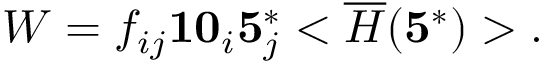
W = f _ { i j } { \bf 1 0 } _ { i } { \bf 5 } _ { j } ^ { * } < \overline { { { H } } } ( { \bf 5 } ^ { * } ) > .